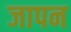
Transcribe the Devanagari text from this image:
जापन